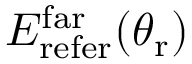
E _ { \mathrm { r e f e r } } ^ { \mathrm { f a r } } ( \theta _ { \mathrm { r } } )